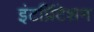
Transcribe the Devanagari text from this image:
इंटर्प्रिटेशन